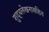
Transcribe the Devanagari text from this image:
शुद्धलेखनासहित